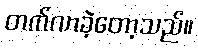
တက်လာခဲ့တော့သည်။